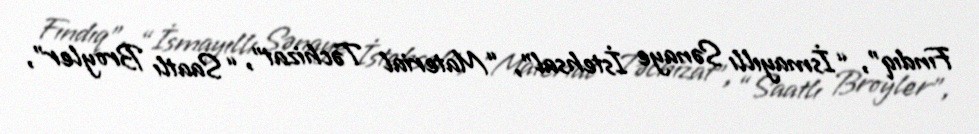
Fındıq”, “İsmayıllı Sənaye İstehsal”, “Material Təchizat”, “Saatlı Broyler”,